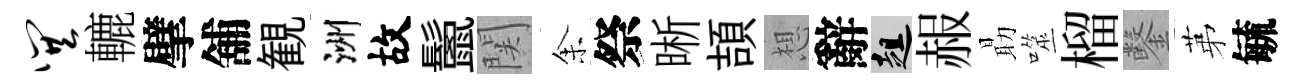
巽轆擘舖観洲故鬛関𪜬祭晰頡想辭趄赧朂噬榴鑿苐毓